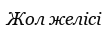
Жол желісі